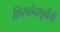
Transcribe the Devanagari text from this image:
शिरच्छेदापूर्वीची